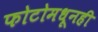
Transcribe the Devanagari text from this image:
फोटोमधूनही